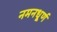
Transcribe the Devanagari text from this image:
नमनधूर्ण